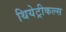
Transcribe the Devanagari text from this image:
थियेट्रीकल्स